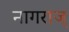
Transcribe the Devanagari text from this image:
नागराज्